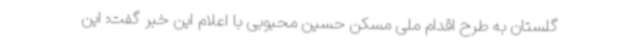
گلستان به طرح اقدام ملی مسکن حسین محبوبی با اعلام این خبر گفت: این